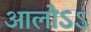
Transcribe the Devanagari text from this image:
आलोऽऽ